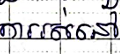
ការរស់នៅ